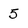
Character: 5